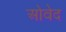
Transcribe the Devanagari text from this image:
ओवेद